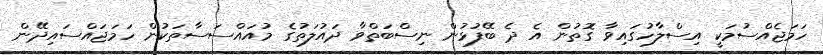
ހަމަޖެއްސުމަކީ އިސްލާހުގައިވާ ގޮތުން އެ ދެ ބޭފުޅުން ނިސްބަތްވާ ދައުލަތުގެ މުއައްސަސާތަކުން ހަމަޖައްސައިދޭން